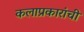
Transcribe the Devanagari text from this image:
कलाप्रकारांची